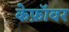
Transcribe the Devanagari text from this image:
केफ़ॉवर